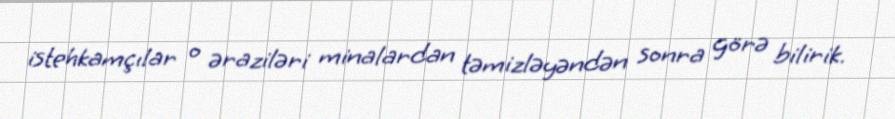
istehkamçılar o əraziləri minalardan təmizləyəndən sonra görə bilirik.